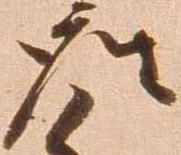
座